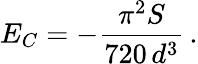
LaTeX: E_{C}=-\frac{\pi^{2}S}{720\, d^{3}}\, .